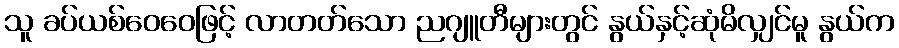
သူ ခပ်ယစ်ဝေဝေဖြင့် လာတတ်သော ညဂျူတီများတွင် နွယ်နှင့်ဆုံမိလျှင်မူ နွယ်က